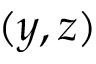
( y , z )